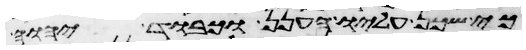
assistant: כי שכן עליו הענן וכבוד יהוה